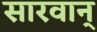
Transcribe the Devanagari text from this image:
सारवान्‌